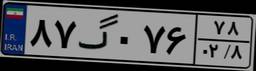
۸۷گ۰۷۶۷۸